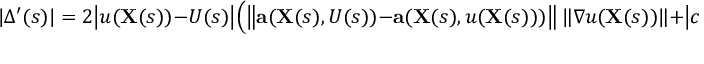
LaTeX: | \Delta ^ { \prime } ( s ) | = 2 { \big | } u ( \mathbf { X } ( s ) ) - U ( s ) { \big | } { \Big ( } { \big \| } \mathbf { a } ( \mathbf { X } ( s ) , U ( s ) ) - \mathbf { a } ( \mathbf { X } ( s ) , u ( \mathbf { X } ( s ) ) ) { \big \| } \ \| \nabla u ( \mathbf { X } ( s ) ) \| + { \big | } c ( \mathbf { X } ( s ) , U ( s ) ) - c ( \mathbf { X } ( s ) , u ( \mathbf { X } ( s ) ) ) { \big | } { \Big ) }